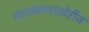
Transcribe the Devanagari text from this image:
व्याख्यानाखेरीज